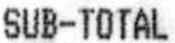
SUB-TOTAL